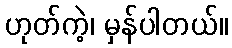
ဟုတ်ကဲ့၊ မှန်ပါတယ်။